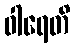
ဝါရေတိ